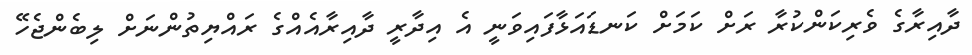
ދާއިރާގެ ވެރިކަންކުރާ ރަށް ކަމަށް ކަނޑައަޅާފައިވަނީ އެ އިދާރީ ދާއިރާއެއްގެ ރައްޔިތުންނަށް ލިބެންޖެހޭ